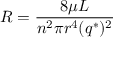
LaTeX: R = { \frac { 8 \mu L } { n ^ { 2 } \pi r ^ { 4 } ( q ^ { * } ) ^ { 2 } } }